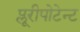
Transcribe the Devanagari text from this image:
प्लूरीपोटेन्ट